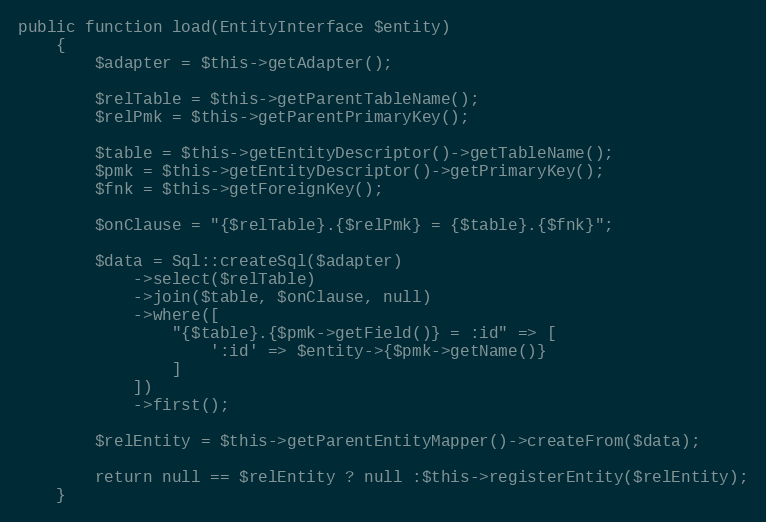
Language: PHP
public function load(EntityInterface $entity)
    {
        $adapter = $this->getAdapter();

        $relTable = $this->getParentTableName();
        $relPmk = $this->getParentPrimaryKey();

        $table = $this->getEntityDescriptor()->getTableName();
        $pmk = $this->getEntityDescriptor()->getPrimaryKey();
        $fnk = $this->getForeignKey();

        $onClause = "{$relTable}.{$relPmk} = {$table}.{$fnk}";

        $data = Sql::createSql($adapter)
            ->select($relTable)
            ->join($table, $onClause, null)
            ->where([
                "{$table}.{$pmk->getField()} = :id" => [
                    ':id' => $entity->{$pmk->getName()}
                ]
            ])
            ->first();

        $relEntity = $this->getParentEntityMapper()->createFrom($data);

        return null == $relEntity ? null :$this->registerEntity($relEntity);
    }